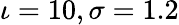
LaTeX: \iota=10,\sigma=1.2